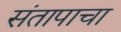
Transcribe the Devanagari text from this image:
संतापाचा